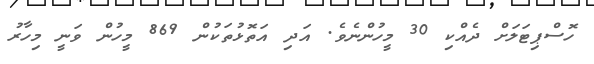
ހޮސްޕިޓަލަށް ދެއްކި 30 މީހުންނެވެ. އަދި އަތޮޅުތަކުން 869 މީހުން ވަނީ މިހާރު